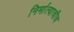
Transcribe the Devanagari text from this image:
निर्मात्याचीच